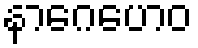
နာဂေဟေဝ